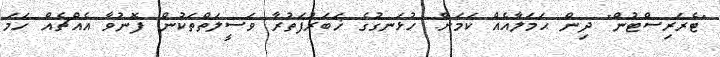
"ޓެރަރިސްޓުން" ދިން ޙަމަލާއެއް ކަމަށް. ހުޅަނގުގެ ޚަބަރުފަތުރާ ވަސީލަތްތަކުން ފޮނުވާ އެއްޗެއް ހަމަ